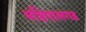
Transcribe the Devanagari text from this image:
महिपालगड